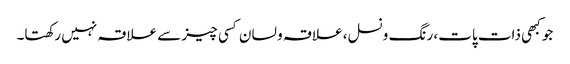
جو کبھی ذات پات، رنگ ونسل، علاقہ و لسان کسی چیز سے علاقہ نہیں رکھتا۔